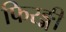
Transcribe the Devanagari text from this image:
फिरङ्गी